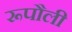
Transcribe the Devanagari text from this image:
रूपौली